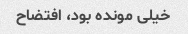
خیلی مونده بود، افتضاح